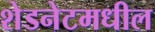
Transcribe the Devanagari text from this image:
शेडनेटमधील